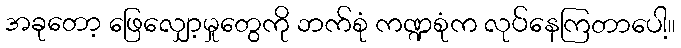
အခုတော့ ဖြေလျှော့မှုတွေကို ဘက်စုံ ကဏ္ဍစုံက လုပ်နေကြတာပေါ့။